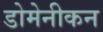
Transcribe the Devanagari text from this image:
डोमेनीकन